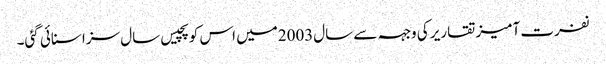
نفرت آمیز تقاریر کی وجہہ سے سال2003میں اس کو پچیس سال سزا سنائی گئی۔